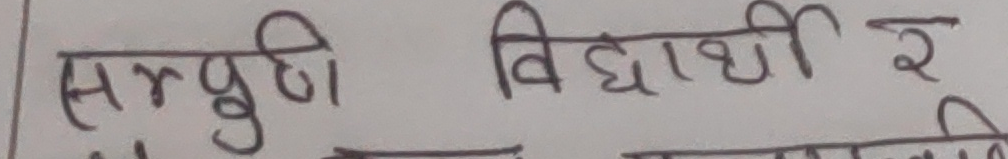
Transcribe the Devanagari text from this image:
सृष्टि विद्यार्थी र